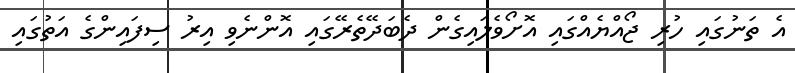
އެ ތަނުގައި ހުރި ޖޯއްޔެއްގައި އޮށޯވެލައިގެން ދެބަދޭތެރޭގައި އޮންނެވި އިރު ސިފައިންގެ އަތުގައި